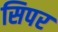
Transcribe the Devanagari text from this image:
सिपर